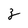
Character: z